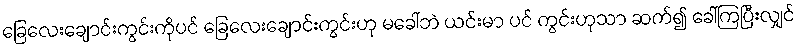
ခြေလေးချောင်းကွင်းကိုပင် ခြေလေးချောင်းကွင်းဟု မခေါ်ဘဲ ယင်းမာ ပင် ကွင်းဟုသာ ဆက်၍ ခေါ်ကြပြီးလျှင်